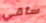
ساقي